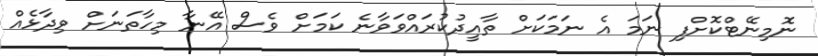
ނޮމިނޭޓްކޮށްފި ނަމަ އެ ނަމަކަށް ތާއީދުކުރައްވަވާނެ ކަމަށް ވެސް އޭނާ މިހާތަނަށް ވިދާޅެއް